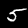
Label: 5